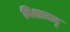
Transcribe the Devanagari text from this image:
विशारद्